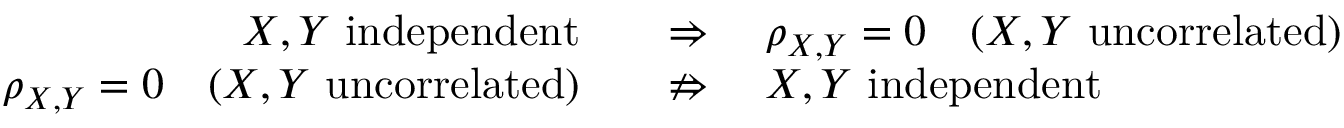
{ \begin{array} { r l } { X , Y { \mathrm { ~ i n d e p e n d e n t } } \quad } & { \Rightarrow \quad \rho _ { X , Y } = 0 \quad ( X , Y { \mathrm { ~ u n c o r r e l a t e d } } ) } \\ { \rho _ { X , Y } = 0 \quad ( X , Y { \mathrm { ~ u n c o r r e l a t e d } } ) \quad } & { \nRightarrow \quad X , Y { \mathrm { ~ i n d e p e n d e n t } } } \end{array} }